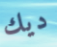
ديك